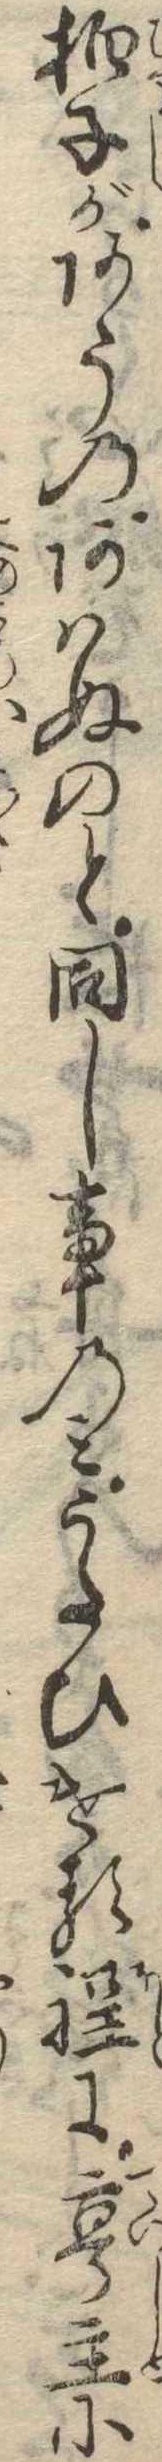
拍子があうのあはぬのと同し事のみうたひける程に亭主に